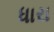
ધારા